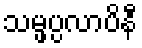
သမ္ဖပ္ပလာပိနီ